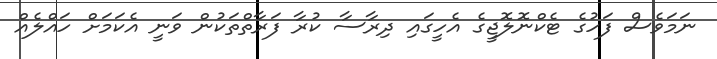
ނަމަވެސް ފަހުގެ ޓެކްނޮލޮޖީގެ އެހީގައި ދިރާސާ ކުރާ ފަރާތްތަކުން ވަނީ އެކަމަށް ހައްލެއް